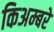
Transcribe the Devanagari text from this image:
किअम्बरे